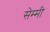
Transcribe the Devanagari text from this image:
सेम्मी